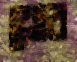
থ্রোর